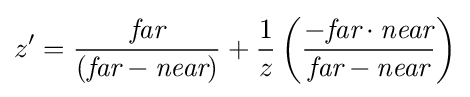
z'={\frac {\textit {far}}{\left({\textit {far}}-{\textit {near}}\right)}}+{\frac {1}{z}}\left({\frac {-{\textit {far}}\cdot {\textit {near}}}{{\textit {far}}-{\textit {near}}}}\right)